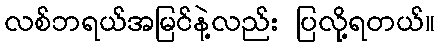
လစ်ဘရယ်အမြင်နဲ့လည်း ပြလို့ရတယ်။